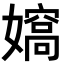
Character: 𡢠